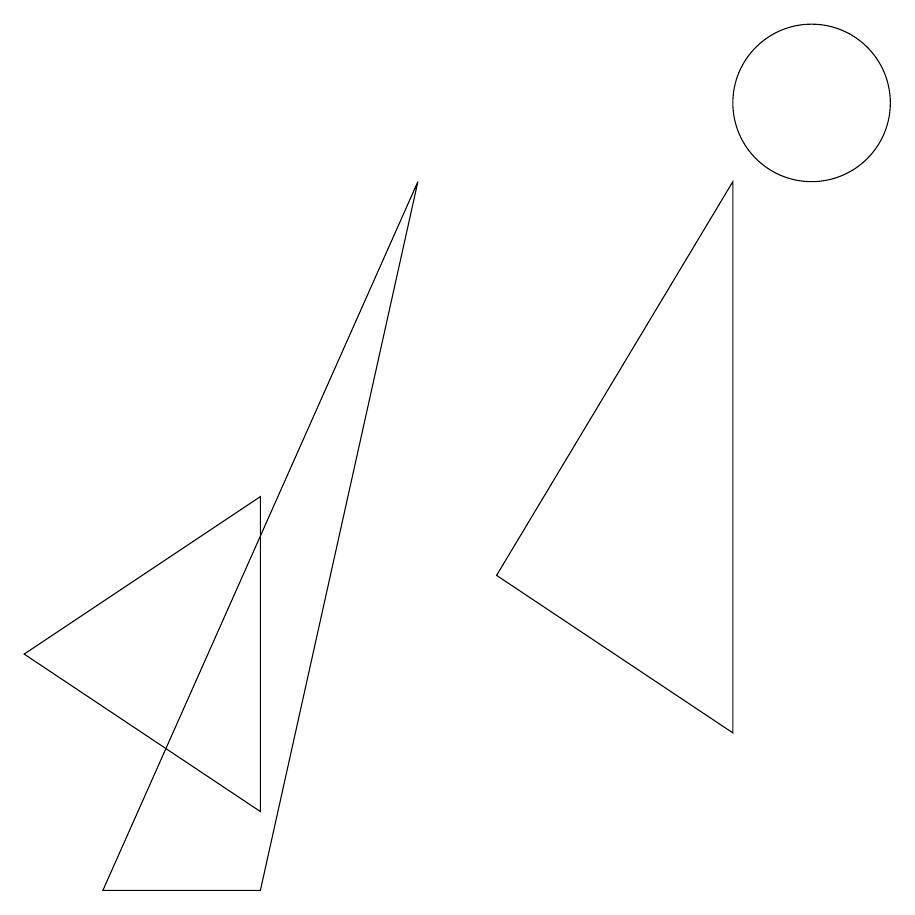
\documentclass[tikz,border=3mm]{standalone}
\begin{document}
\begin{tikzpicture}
\draw (10,10) circle (1);
\draw (3,0) -- (1,0) -- (5,9) -- cycle;
\draw (3,5) -- (3,1) -- (0,3) -- cycle;
\draw (9,9) -- (6,4) -- (9,2) -- cycle;
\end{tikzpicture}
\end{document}